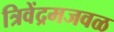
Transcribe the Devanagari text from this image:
त्रिवेंद्रमजवळ